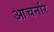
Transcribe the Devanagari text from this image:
आचर्नार